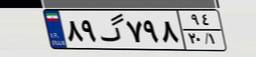
۸۹گ۷۹۸۹۴